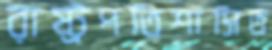
রাষ্ট্রপতিশাসিত